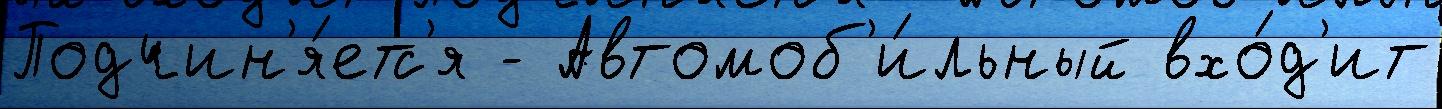
Подчин'я́етс'я - Автомоб'и́льный вхо́д'ит